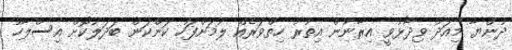
ދުންޔާ މިއަދު ވިދާޅުވީ އިރާނުން އިތުރު ހިތްވަރެއް ލުމަށްފަހު ކަންކަން ބަދަލުކޮށް އިސްލާހު